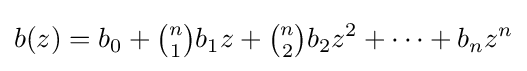
b(z)=b_{0}+{\tbinom {n}{1}}b_{1}z+{\tbinom {n}{2}}b_{2}z^{2}+\dots +b_{n}z^{n}